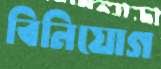
বিনিযোগ